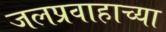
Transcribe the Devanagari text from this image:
जलप्रवाहाच्या